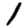
Digit: 1